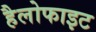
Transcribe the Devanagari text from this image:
हैलोफाइट